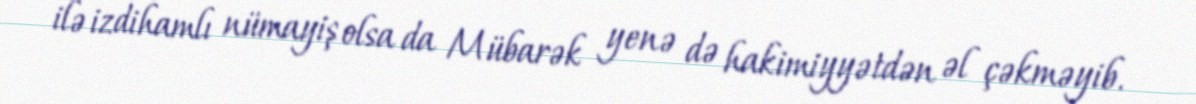
ilə izdihamlı nümayiş olsa da Mübarək yenə də hakimiyyətdən əl çəkməyib.